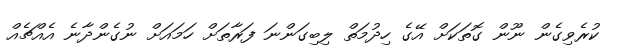
ކުރެވިގެން ނޫން ގޮތަކަށް އޭގެ ހިދުމަތް ލިބިގަންނަ ފަރާތަށް ހަމައަށް ނުގެންދާނެ އެއްޗެއް